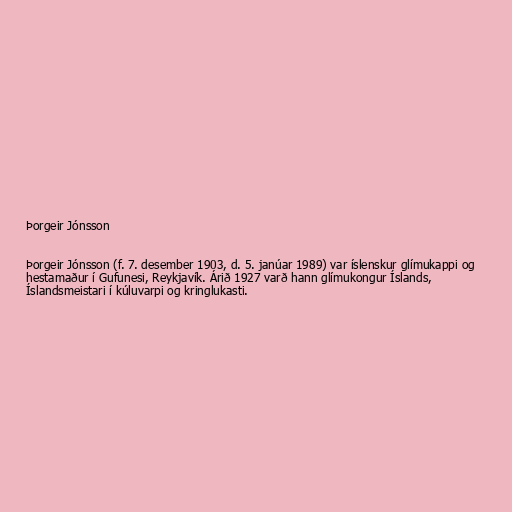
Þorgeir Jónsson

Þorgeir Jónsson (f. 7. desember 1903, d. 5. janúar 1989) var íslenskur glímukappi og
hestamaður í Gufunesi, Reykjavík. Árið 1927 varð hann glímukongur Íslands,
Íslandsmeistari í kúluvarpi og kringlukasti.